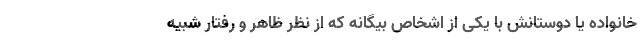
خانواده یا دوستانش با یكی از اشخاص بیگانه كه از نظر ظاهر و رفتار شبیه